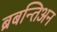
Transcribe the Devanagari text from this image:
ब्रबन्तिअन